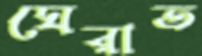
ঘেরাত